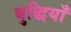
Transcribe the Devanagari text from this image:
बुद्धियाँ